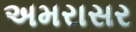
અમરાસર